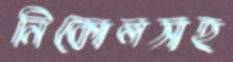
নিকোলসহ